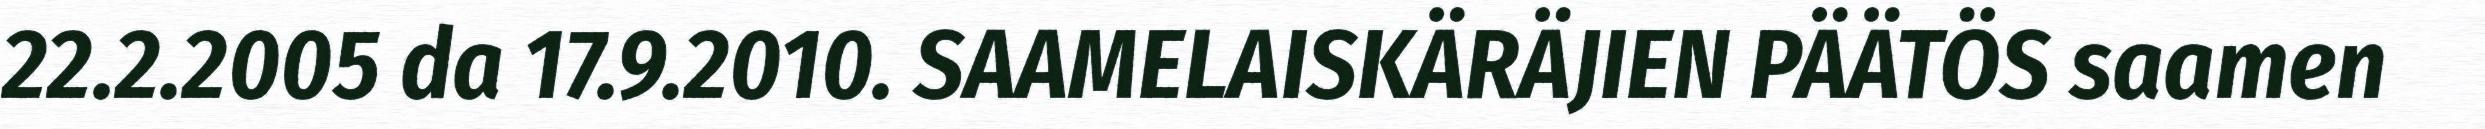
22.2.2005 da 17.9.2010. SAAMELAISKÄRÄJIEN PÄÄTÖS saamen